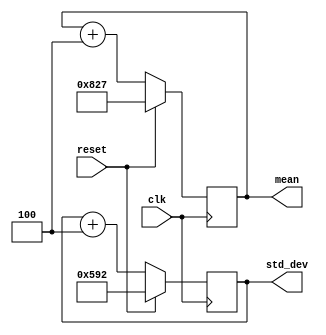

module gen_val(
			input clk,
			input reset,
			output reg [31:0] mean, std_dev
			);

always @(posedge clk) begin
   
	if (reset)
	begin
       
		  mean 	  <= 2087;
		  std_dev  <= 1426;
		  
    end else 
	 
	 begin
     		
		  mean 	  <= mean    + 4;
		  std_dev  <= std_dev + 4;
		
    end
end

endmodule